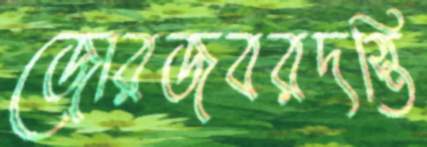
জোরজবরদস্তি